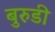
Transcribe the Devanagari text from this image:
बुरुडी